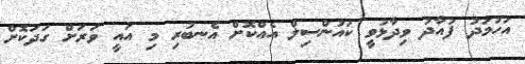
އަހުމަދު ފުއާދު ވިދާޅުވީ ކައުންސިލް އެއްކޮށް އެނބުރި މި އައީ ވަރަށް ގަދަކޮށް